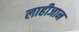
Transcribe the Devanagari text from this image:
लाहीजान